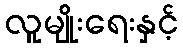
လူမျိုးရေးနှင့်